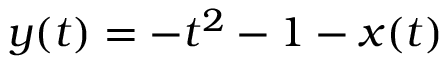
y ( t ) = - t ^ { 2 } - 1 - x ( t )